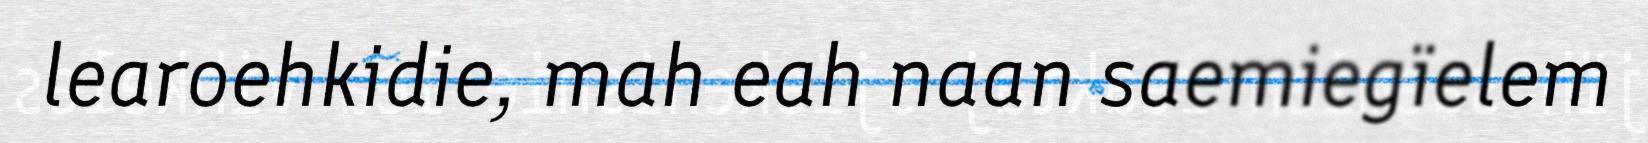
learoehkidie, mah eah naan saemiegïelem